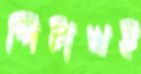
পিটাখই